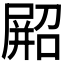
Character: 𫵥